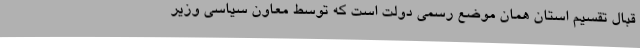
قبال تقسیم استان همان موضع رسمی دولت است که توسط معاون سیاسی وزیر